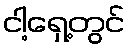
ငါ့ရှေ့တွင်